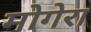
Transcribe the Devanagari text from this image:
मोगेरा